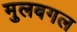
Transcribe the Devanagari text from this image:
मुलबगल